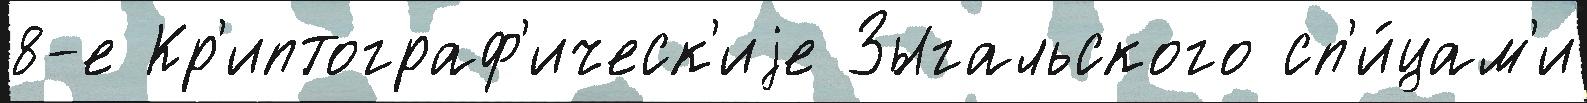
8-е Кр'иптограф'ическ'иjе Зыгальского сп'и́цам'и